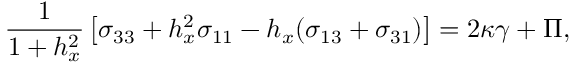
\frac { 1 } { 1 + h _ { x } ^ { 2 } } \left[ \sigma _ { 3 3 } + h _ { x } ^ { 2 } \sigma _ { 1 1 } - h _ { x } ( \sigma _ { 1 3 } + \sigma _ { 3 1 } ) \right] = 2 \kappa \gamma + \Pi ,